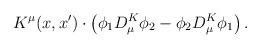
\begin{align*}K^\mu(x,x') \cdot \left( \phi_1 D^K_\mu \phi_2 - \phi_2 D^K_\mu \phi_1\right).\end{align*}